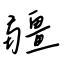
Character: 疆